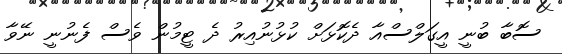
ސޮބާ ބުނީ އީގަލްސްއާ ދެކޮޅަށް ކުޅުނުއިރު ދެ ޓީމުން ވެސް ފެނުނީ ނޭވާ